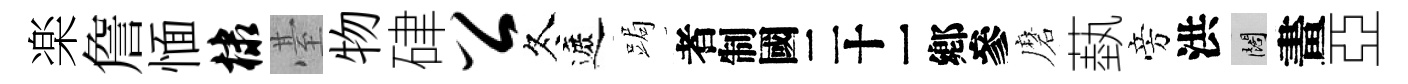
楽詹愐棣䑓物硉公冬遮跼识磨蓺旁洪闊畫亞